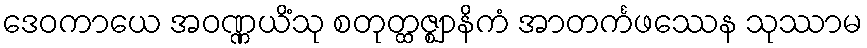
ဒေဝကာယေ အဝဏ္ဏယိံသု စတုတ္ထဇ္ဈာနိကံ အာတင်္ကဖဿေန သုဿာမ